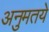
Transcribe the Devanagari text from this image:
अनुमतये